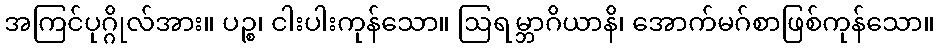
အကြင်ပုဂ္ဂိုလ်အား။ ပဉ္စ၊ ငါးပါးကုန်သော။ ဩရမ္ဘာဂိယာနိ၊ အောက်မဂ်စာဖြစ်ကုန်သော။